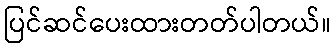
ပြင်ဆင်ပေးထားတတ်ပါတယ်။